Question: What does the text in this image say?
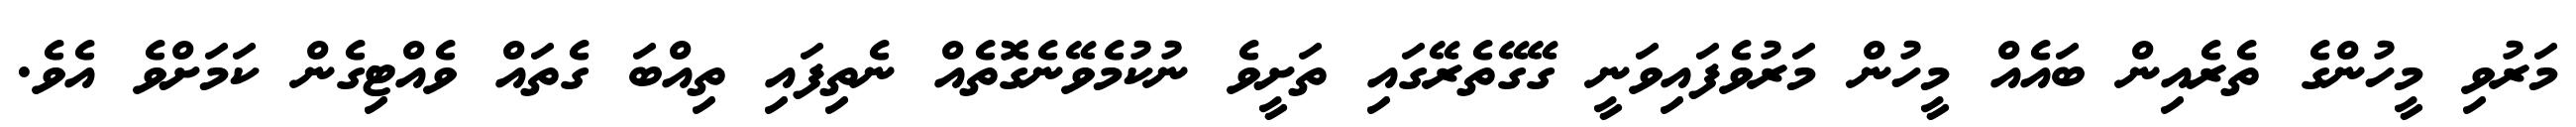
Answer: މަރުވި މީހުންގެ ތެރެއިން ބައެއް މީހުން މަރުވެފައިވަނީ ގޭގޭތެރޭގައި ތަށީވެ ނުކުމެވޭނެގޮތެއް ނެތިފައި ތިއްބަ ގެތައް ވެއްޓިގެން ކަމަށްވެ އެވެ.